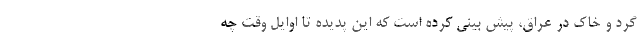
گرد و خاک در عراق، پیش بینی کرده است که این پدیده تا اوایل وقت چه